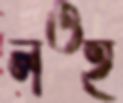
লওহ